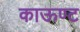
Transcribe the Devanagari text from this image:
काऊण्ट